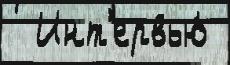
  Инт'ервью́